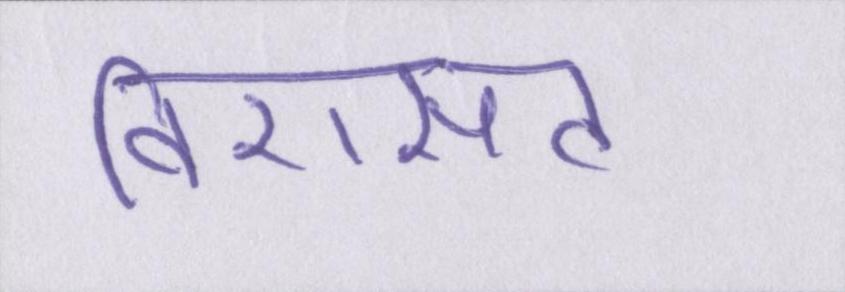
विरासत